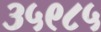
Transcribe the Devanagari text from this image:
३५९८५